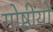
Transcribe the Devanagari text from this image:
गोष्ठींयों